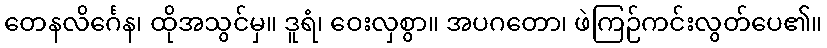
တေနလိင်္ဂေန၊ ထိုအသွင်မှ။ ဒူရံ၊ ဝေးလှစွာ။ အပဂတော၊ ဖဲကြဉ်ကင်းလွတ်ပေ၏။